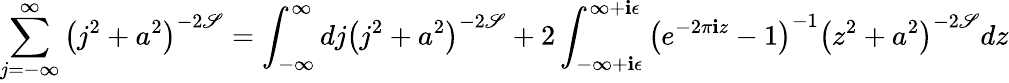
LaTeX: \sum_{j=-\infty}^{\infty}\left(j^{2}+a^{2}\right)^{-2\mathscr{S}}=\int_{-\infty}^{\infty}dj\left(j^{2}+a^{2}\right)^{-2\mathscr{S}}+2\int_{-\infty+\mathbf{i}\epsilon}^{\infty+\mathbf{i}\epsilon}\left(e^{-2\pi\mathbf{i}z}-1\right)^{-1}\left(z^{2}+a^{2}\right)^{-2\mathscr{S}}dz